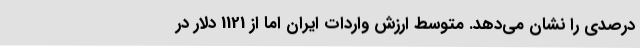
درصدی را نشان می‌دهد. متوسط ارزش واردات ایران اما از 1121 دلار در